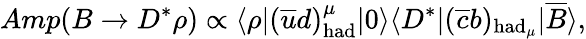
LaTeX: Amp(B\to D^{*}\rho)\propto\langle\rho|(\overline{{u}}d)_{\mathrm{had}}^{\mu}|0\rangle\langle D^{*}|(\overline{{c}}b)_{\mathrm{had}_{\mu}}|\overline{{B}}\rangle,